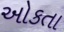
ઓકતા